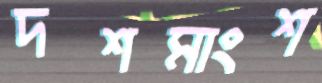
দশমাংশ